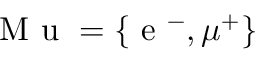
\mathrm { ~ M ~ u ~ } = \lbrace \mathrm { ~ e ~ } ^ { - } , \mu ^ { + } \rbrace